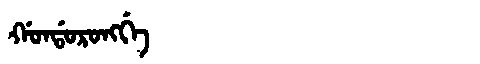
Manchu: ᡤᠣᠨᡩᠣᡵᠣᠩᡤᡝ
Romanization: GONDORONGGE